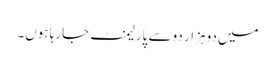
میں دو ہزار دو سے پارلیمنٹ جارہا ہوں۔